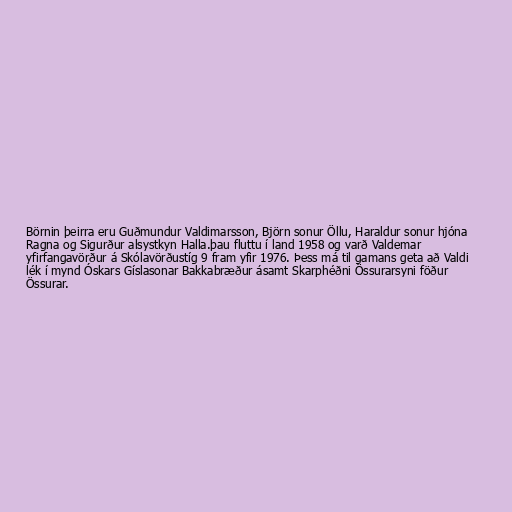
Börnin þeirra eru Guðmundur Valdimarsson, Björn sonur Öllu, Haraldur sonur hjóna
Ragna og Sigurður alsystkyn Halla.þau fluttu í land 1958 og varð Valdemar
yfirfangavörður á Skólavörðustíg 9 fram yfir 1976. Þess má til gamans geta að Valdi
lék í mynd Óskars Gíslasonar Bakkabræður ásamt Skarphéðni Össurarsyni föður
Össurar.